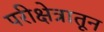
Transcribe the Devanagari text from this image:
परीक्षेत्रातून